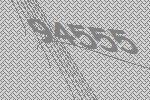
94555